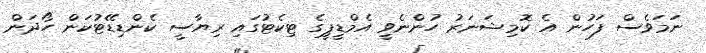
ނަމަވެސް ފަހުން އެ ކޮމިޝަނަރު ހުންނެވީ އެމްޑީޕީގެ ޓިކެޓުގައި ރިޔާސީ ކެންޑިޑޭޓުކަން ހޯދަން